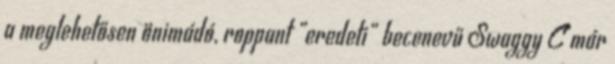
a meglehetősen önimádó, roppant „eredeti” becenevű Swaggy C már